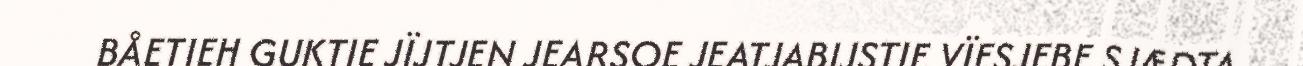
BÅETIEH GUKTIE JÏJTJEN JEARSOE JEATJABIJSTIE VÏESJEBE SJÆDTA